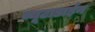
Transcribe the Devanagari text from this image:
व्यूटाडाईन